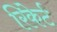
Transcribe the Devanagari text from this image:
रिकेर्ट